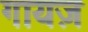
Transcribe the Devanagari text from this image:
गायज़